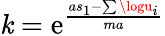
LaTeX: \mathit{k}=\mathrm{{e}}^{\frac{{as_{1}-\sum\logu_{i}}}{{ma}}}